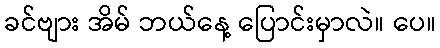
ခင်ဗျား အိမ် ဘယ်နေ့ ပြောင်းမှာလဲ။ ပေ။